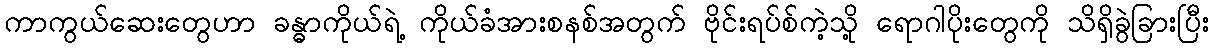
ကာကွယ်ဆေးတွေဟာ ခန္ဓာကိုယ်ရဲ့ ကိုယ်ခံအားစနစ်အတွက် ဗိုင်းရပ်စ်ကဲ့သို့ ရောဂါပိုးတွေကို သိရှိခွဲခြားပြီး